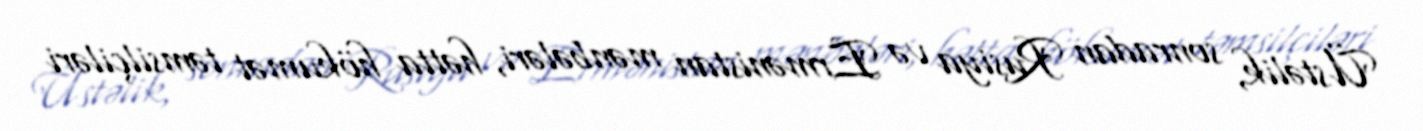
Üstəlik, sonradan Rusiya və Ermənistan mənbələri, hətta hökumət təmsilçiləri